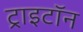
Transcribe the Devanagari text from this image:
ट्राइटॉन